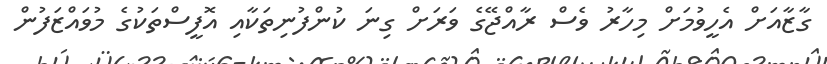
ގާޒާއަށް އެހީވުމަށް މިހާރު ވެސް ރާއްޖޭގެ ވަރަށް ގިނަ ކުންފުނިތަކާއި އޮފީސްތަކުގެ މުވައްޒަފުން